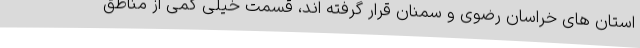
استان های خراسان رضوی و سمنان قرار گرفته اند، قسمت خیلی کمی از مناطق